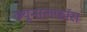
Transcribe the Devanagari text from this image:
क्‍यूनालफॉस